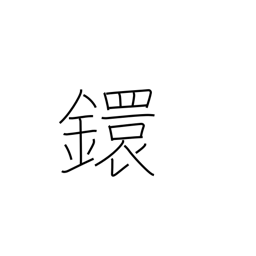
Meaning: link